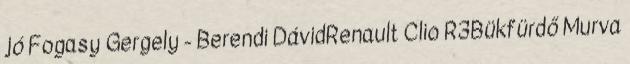
jó Fogasy Gergely - Berendi DávidRenault Clio R3Bükfürdő Murva